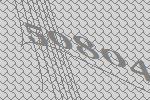
50804